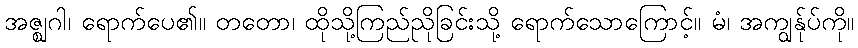
အဇ္ဈဂါ၊ ရောက်ပေ၏။ တတော၊ ထိုသို့ကြည်ညိုခြင်းသို့ ရောက်သောကြောင့်။ မံ၊ အကျွန်ုပ်ကို။